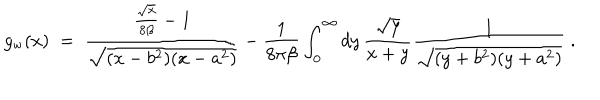
g _ { \mathrm { w } } ( x ) \; = \; { \frac { { \frac { \sqrt { x } } { 8 \beta } } - 1 } { \sqrt { ( x - b ^ { 2 } ) ( x - a ^ { 2 } ) } } } - { \frac { 1 } { 8 \pi \beta } } \int _ { 0 } ^ { \infty } d y \, { \frac { \sqrt { y } } { x + y } } { \frac { 1 } { \sqrt { ( y + b ^ { 2 } ) ( y + a ^ { 2 } ) } } } \; .